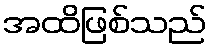
အထိဖြစ်သည်